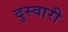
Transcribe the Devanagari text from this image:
दुस्वारी